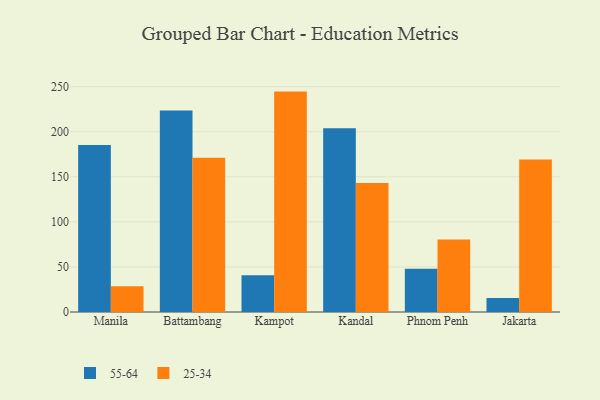
{"axis": {"x": "City", "y": "Headcount"}, "legend": ["25-34", "55-64"], "data": [{"x": "Manila", "y": 185.2, "type": "55-64"}, {"x": "Manila", "y": 28.5, "type": "25-34"}, {"x": "Battambang", "y": 223.5, "type": "55-64"}, {"x": "Battambang", "y": 171.0, "type": "25-34"}, {"x": "Kampot", "y": 40.8, "type": "55-64"}, {"x": "Kampot", "y": 244.5, "type": "25-34"}, {"x": "Kandal", "y": 203.9, "type": "55-64"}, {"x": "Kandal", "y": 143.1, "type": "25-34"}, {"x": "Phnom Penh", "y": 47.9, "type": "55-64"}, {"x": "Phnom Penh", "y": 80.3, "type": "25-34"}, {"x": "Jakarta", "y": 15.5, "type": "55-64"}, {"x": "Jakarta", "y": 169.2, "type": "25-34"}]}